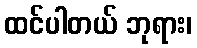
ထင်ပါတယ် ဘုရား၊